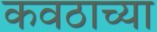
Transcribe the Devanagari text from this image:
कवठाच्या